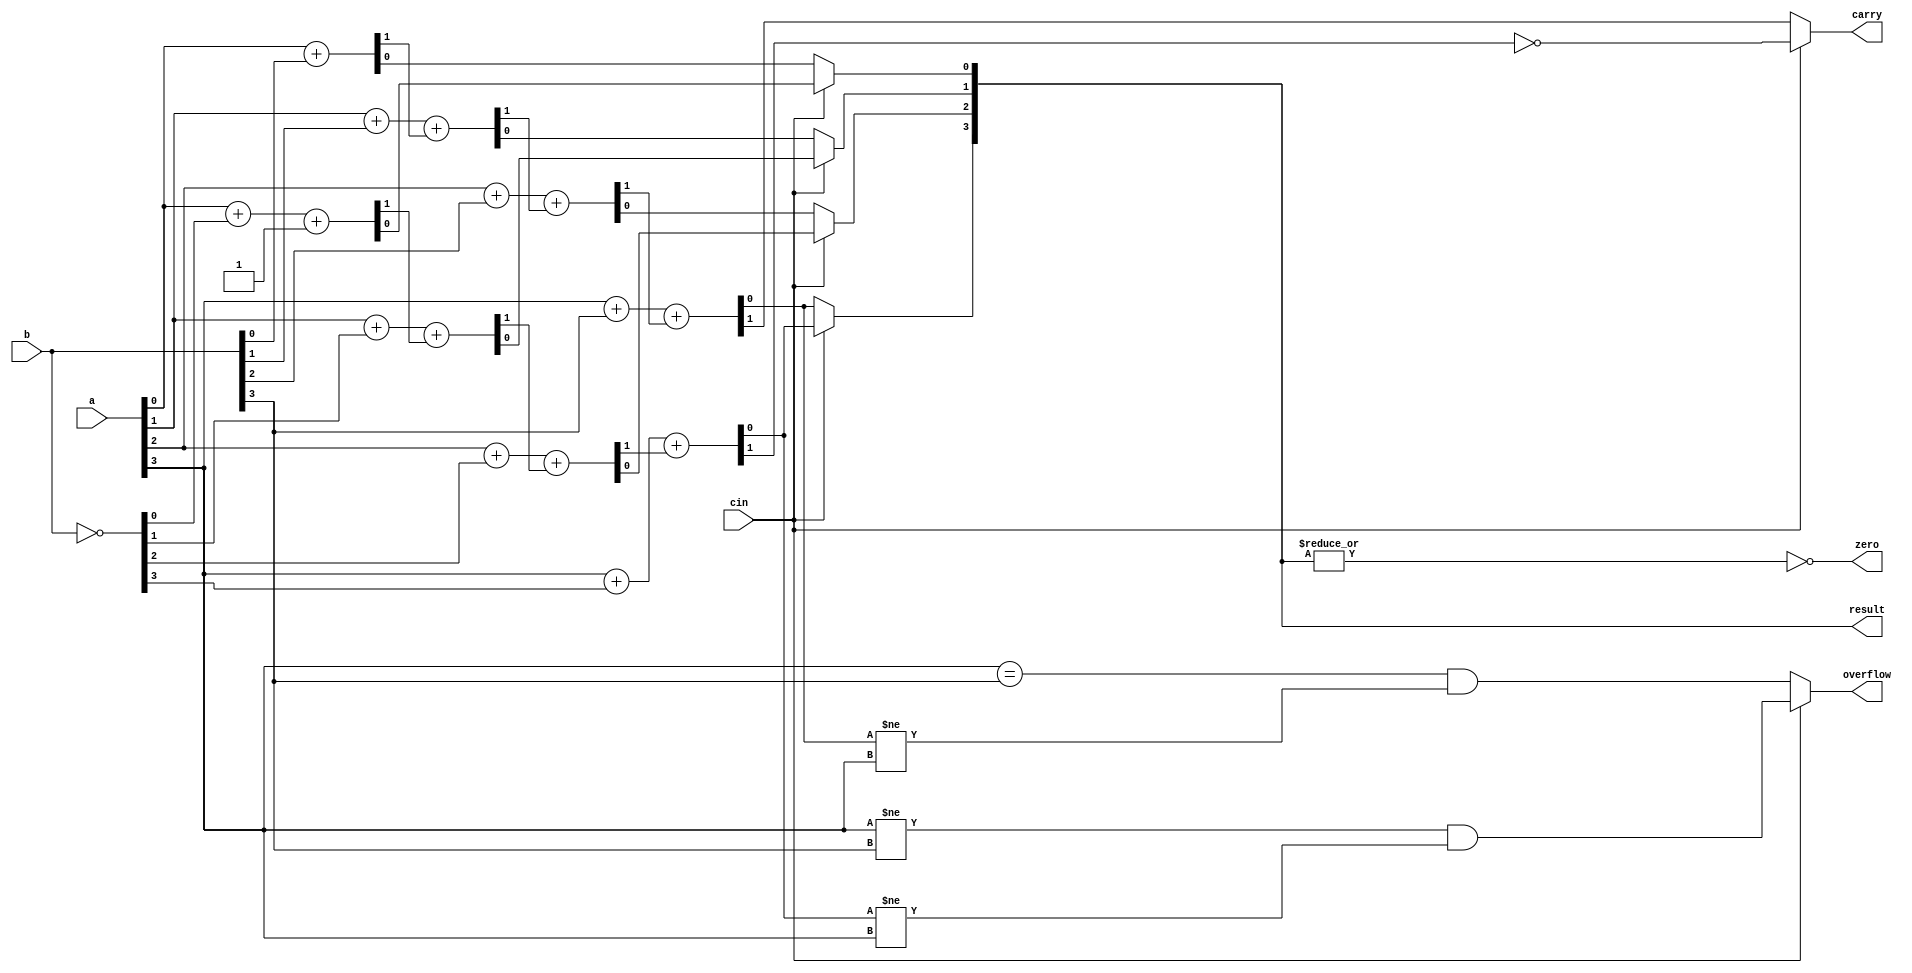
module lab03_1(a,b,cin,carry,result,zero,overflow);
	input [3:0]a;
	input [3:0]b;
	reg [3:0]b_temp;
	input cin;
	output reg carry;
	output reg[3:0]result;
	output reg zero;
	output reg overflow;
	always @(a or b or cin)
	begin
		if(cin==0)//
		begin
			{result[1],result[0]} = a[0] + b[0];
			{result[2],result[1]} = a[1] + b[1] + result[1];
			{result[3],result[2]} = a[2] + b[2] + result[2];
			{carry,result[3]} = a[3] + b[3] + result[3];
			overflow = (a[3]==b[3])&&(result[3] != a[3]);
		end
		else begin//
			b_temp = ~b;
			{result[1],result[0]} = a[0] + b_temp[0] + 1;
			{result[2],result[1]} = a[1] + b_temp[1] + result[1];
			{result[3],result[2]} = a[2] + b_temp[2] + result[2];
			{carry,result[3]} = a[3] + b_temp[3] + result[3];
			carry = ~carry;//a+~b
			overflow = (a[3]!=b[3])&&(result[3] != a[3]);		
		end
		zero = ~(|result);
	end
endmodule